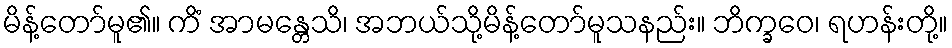
မိန့်တော်မူ၏။ ကိံ အာမန္တေသိ၊ အဘယ်သို့မိန့်တော်မူသနည်း။ ဘိက္ခဝေ၊ ရဟန်းတို့။